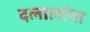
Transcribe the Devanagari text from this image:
दलालांना